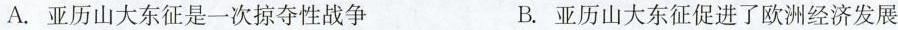
A.亚历山大东征是一次掠夺性战争 B.亚历山大东征促进了欧洲经济发展